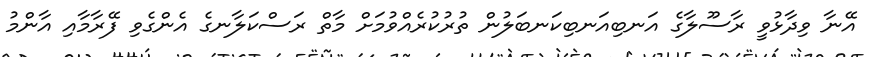
އޭނާ ވިދާޅުވީ ރާސޫލާގެ އަނބިއަނބިކަނބަލުން ތުރުކުރެއްވުމަށް މާތް ރަސްކަލާނގެ އެންގެވި ފޭރާމާއި އާންމު